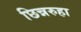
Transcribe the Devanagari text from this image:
छिन्नरुहा